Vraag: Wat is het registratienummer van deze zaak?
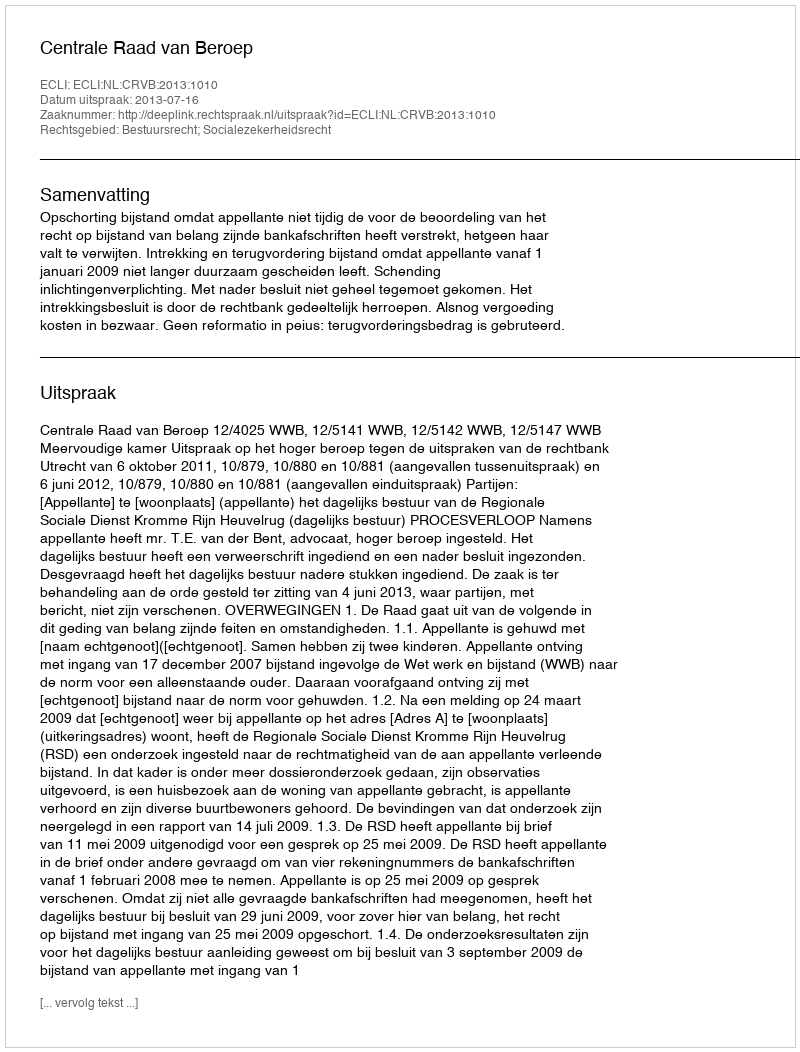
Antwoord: http://deeplink.rechtspraak.nl/uitspraak?id=ECLI:NL:CRVB:2013:1010